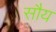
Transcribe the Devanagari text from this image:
सौय